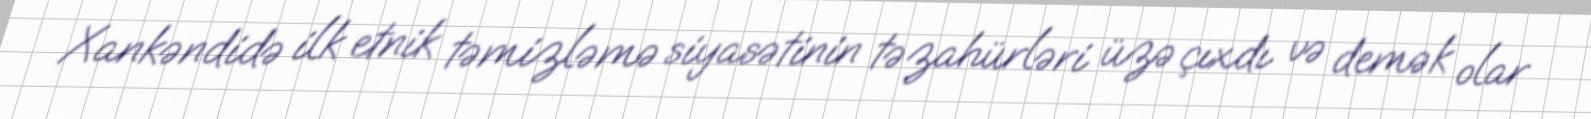
Xankəndidə ilk etnik təmizləmə siyasətinin təzahürləri üzə çıxdı və demək olar